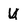
Character: U